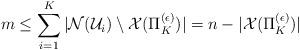
LaTeX: \begin{align*} m \le \sum_{i=1}^{K}|\mathcal{N}(\mathcal{U}_i)\setminus \mathcal{X}(\Pi_K^{(\epsilon)})| = n - |\mathcal{X}(\Pi_K^{(\epsilon)})| \end{align*}